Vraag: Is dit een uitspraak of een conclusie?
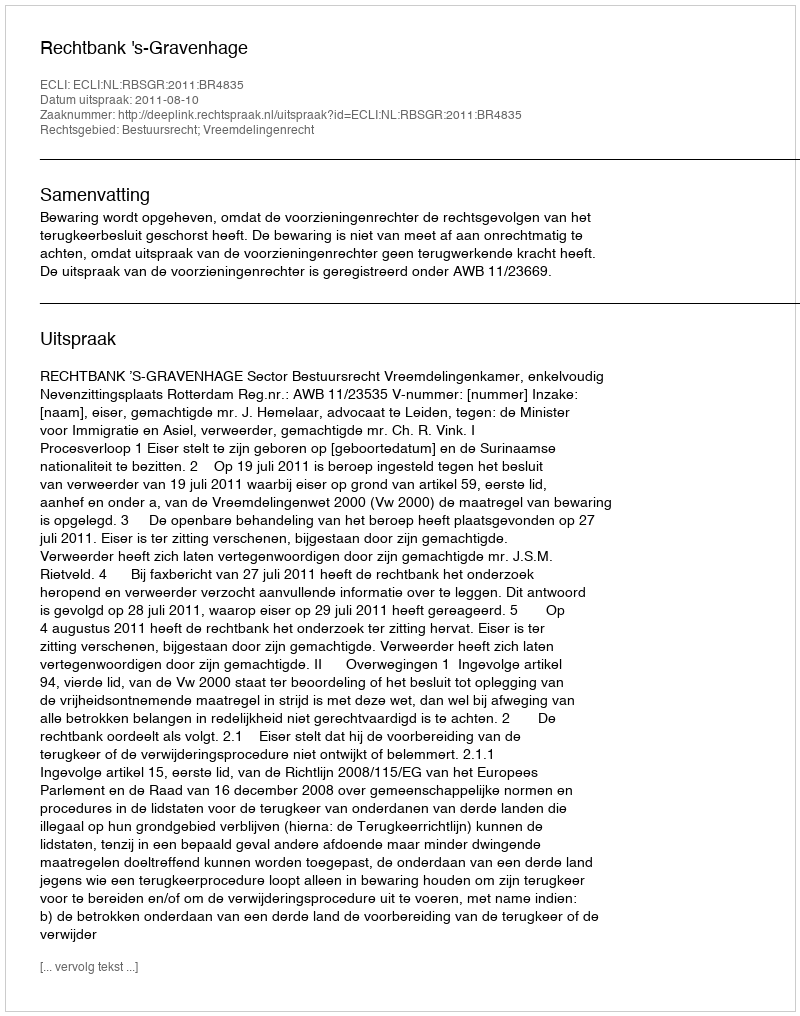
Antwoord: Uitspraak